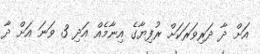
އަށް ދާ ދަރިވަރަކަށް ރުފިޔާގެ އިނާމެއް އަދި 3 ވަނަ އަށް ދާ